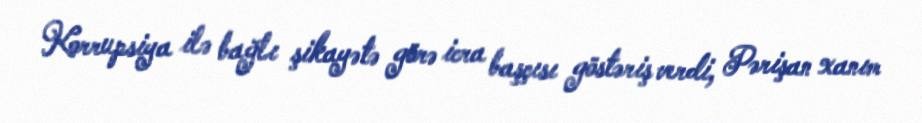
Korrupsiya ilə bağlı şikayətə görə icra başçısı göstəriş verdi, Pərişan xanım